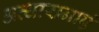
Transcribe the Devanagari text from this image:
अव्धारानाएं